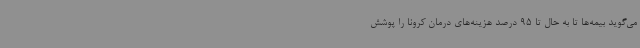
می‌گوید بیمه‌ها تا به حال تا 95 درصد هزینه‌های درمان کرونا را پوشش